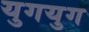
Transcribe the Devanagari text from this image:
युगयुग